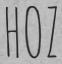
HOZ